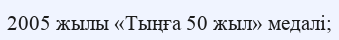
2005 жылы «Тыңға 50 жыл» медалі;